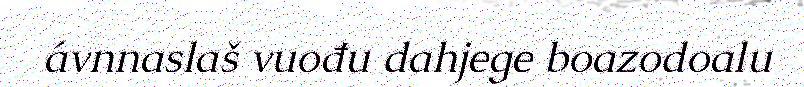
ávnnaslaš vuođu dahjege boazodoalu